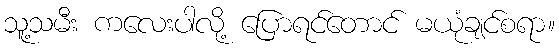
သူ့သမီး ကလေးပါလို့ ပြောရင်တောင် မယုံချင်စရာ။